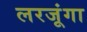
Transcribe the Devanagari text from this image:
लरजूंगा